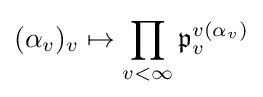
(\alpha _{v})_{v}\mapsto \prod _{v<\infty }{\mathfrak {p}}_{v}^{v(\alpha _{v})}